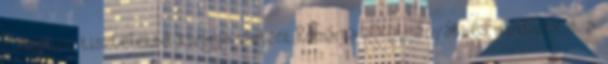
kormánya tiszteletbe kívánja tartani Románia alkotmányát, és mindazokat a